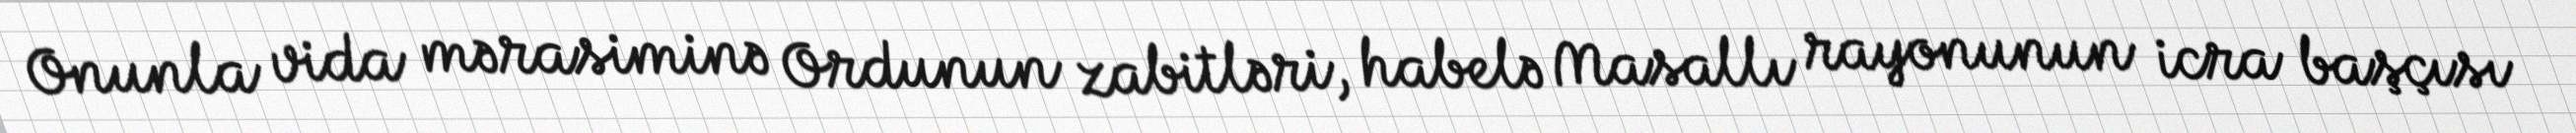
Onunla vida mərasiminə Ordunun zabitləri, habelə Masallı rayonunun icra başçısı